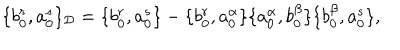
\{ b _ { 0 } ^ { r } , a _ { 0 } ^ { s } \} _ { \cal D } = \{ b _ { 0 } ^ { r } , a _ { 0 } ^ { s } \} - \{ b _ { 0 } ^ { r } , a _ { 0 } ^ { \alpha } \} \{ a _ { 0 } ^ { \alpha } , b _ { 0 } ^ { \beta } \} \{ b _ { 0 } ^ { \beta } , a _ { 0 } ^ { s } \} ,